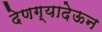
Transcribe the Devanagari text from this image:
देणग्यादेऊन